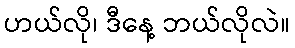
ဟယ်လို၊ ဒီနေ့ ဘယ်လိုလဲ။